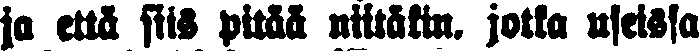
ja että siis pitää niitäkin, jotka useissa